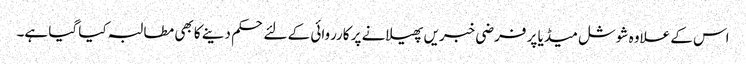
اس کے علاوہ شوشل میڈیا پر فرضی خبریں پھیلانے پر کارروائی کے لئے حکم دینے کا بھی مطالبہ کیا گیا ہے۔